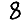
Digit: 8